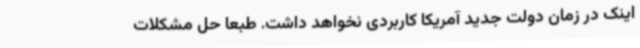
اینک در زمان دولت جدید آمریکا کاربردی نخواهد داشت. طبعا حل مشکلات